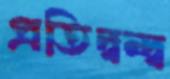
প্রতিদ্বন্দ্ব